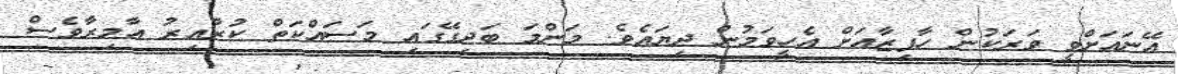
އޭނައަށްވީ ވަރަކުން ހާފިޒާއަށް އެހީވަމުން ދިޔައެވެ. މަންމަ ބަދިގޭގައި މަސައްކަތް ކުރާއިރު އާމިރާވެސް